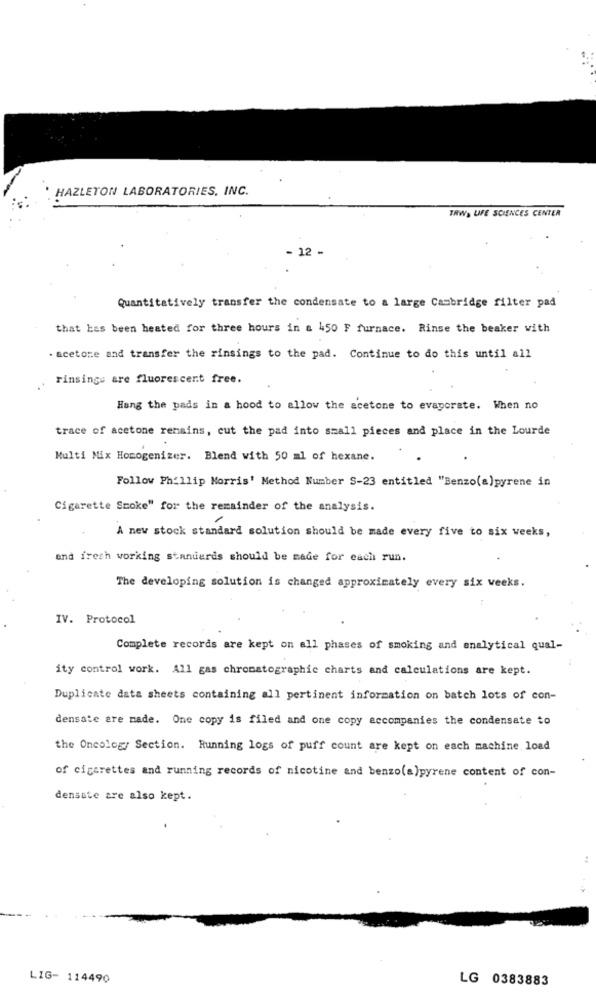
HAZLETON LABORATORIES, INC.
TRWA LIFE SCIENCES CENTER
- 12 -
Quantitatively transfer the condensate to a large Cambridge filter pad
that has been heated for three hours in a 450 F furnace. Rinse the beaker with
. acetone and transfer the rinsings to the pad. Continue to do this until all
rinsinge are fluorescent free.
Hung the pads in a hood to allow the acetone to evaporate. When no
trace of acetone remains, cut the pad into small pieces and place in the Lourde
Multi Mix Homogenizer. Blend with 50 ml of hexane.
Follow Phillip Morris' Method Number S-23 entitled "Benzo(a)pyrene in
Cigarette Smoke" for the remainder of the analysis.
A new stock standard solution should be made every five to six weeks,
and fresh working standards should be made for each run.
The developing solution is changed approximately every six weeks.
IV. Protocol
Complete records are kept on all phases of smoking and analytical qual-
ity control work. All gas chromatographie charts and calculations are kept.
Duplicate data sheets containing all pertinent information on batch lots of con-
densate are made. One copy is filed and one copy accompanies the condensate to
the Oncology Section. Running logs of puff count are kept on each machine load
of cigarettes and running records of nicotine and benzo(a)pyrene content of con-
densate are also kept.
LIG- 114490
LG 0383883